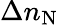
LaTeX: \Delta n_{\mathrm{N}}